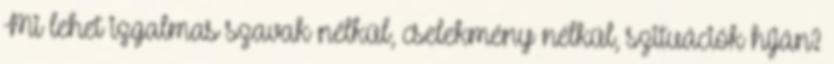
Mi lehet izgalmas szavak nélkül, cselekmény nélkül, szituációk híján?